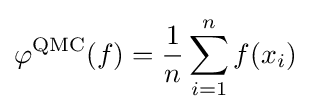
\varphi ^{\mathop {\rm {QMC}} }(f)={\frac {1}{n}}\sum _{i=1}^{n}f(x_{i})